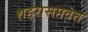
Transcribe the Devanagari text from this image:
शहरासमवेत